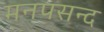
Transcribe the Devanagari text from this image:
मनपसन्द